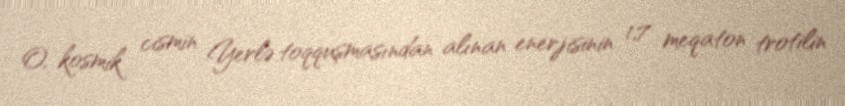
O, kosmik cismin Yerlə toqquşmasından alınan enerjisinin 1,7 meqaton trotilin